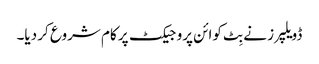
ڈویلپرز نے بِٹ کوائن پروجیکٹ پر کام شروع کر دیا۔